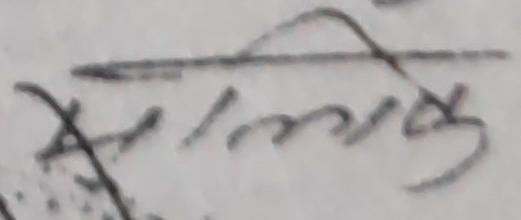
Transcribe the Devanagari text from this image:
कमरी